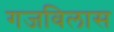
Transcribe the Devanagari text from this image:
गजविलास